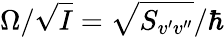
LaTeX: \Omega/\sqrt{I}=\sqrt{S_{v^{\prime}v^{\prime\prime}}}/\hbar